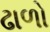
ઢાળો